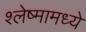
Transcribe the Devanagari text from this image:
श्लेष्मामध्ये